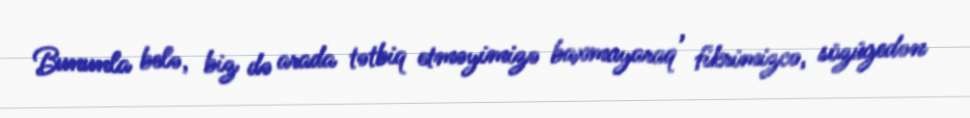
Bununla belə, biz də arada tətbiq etməyimizə baxmayaraq , fikrimizcə, sözügedən